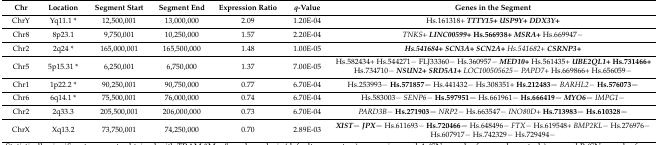
| Chr | Location | Segment Start | Segment End | Expression Ratio | q-Value | Genes in the Segment |
 | --- | --- | --- | --- | --- | --- | --- |
 | ChrY | Yq11.1 * | 12,500,001 | 13,000,000 | 2.09 | 1.20E-04 | Hs.161318+ TTTY15+ USP9Y+ DDX3Y+ |
 | Chr8 | 8p23.1 | 9,750,001 | 10,250,000 | 1.57 | 2.20E-04 | TNKS+ LINC00599+Hs.566938+ MSRA+ Hs.669947− |
 | Chr2 | 2q24 * | 165,000,001 | 165,500,000 | 1.48 | 1.00E-05 | Hs.541684+ SCN3A+ SCN2A+Hs.541682+ CSRNP3+ |
 | Chr5 | 5p15.31 * | 6,250,001 | 6,750,000 | 1.37 | 7.00E-05 | Hs.582434+ Hs.544271− FLJ33360− Hs.360957− MED10+ Hs.561435+ UBE2QL1+Hs.731466+ Hs.734710− NSUN2+SRD5A1+ LOC100505625− PAPD7+ Hs.669866+ Hs.656059− |
 | Chr1 | 1p22.2 * | 90,250,001 | 90,750,000 | 0.77 | 6.70E-04 | Hs.253993− Hs.571857− Hs.441432− Hs.308351+ Hs.212483−BARHL2−Hs.576073− |
 | Chr6 | 6q14.1 * | 75,500,001 | 76,000,000 | 0.74 | 6.70E-04 | Hs.583003− SENP6−Hs.597951− Hs.661961− Hs.666419−MYO6−IMPG1− |
 | Chr2 | 2q33.3 | 205,500,001 | 206,000,000 | 0.73 | 6.70E-04 | PARD3B−Hs.271903−NRP2− Hs.663547− INO80D+Hs.713983− Hs.610328− |
 | ChrX | Xq13.2 | 73,750,001 | 74,250,000 | 0.70 | 2.89E-03 | XIST−JPX− Hs.611693− Hs.720466− Hs.648496− FTX− Hs.619548+ BMP2KL− Hs.276976− Hs.607917− Hs.742329− Hs.729494− |